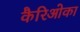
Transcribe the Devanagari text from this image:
कैरिओका